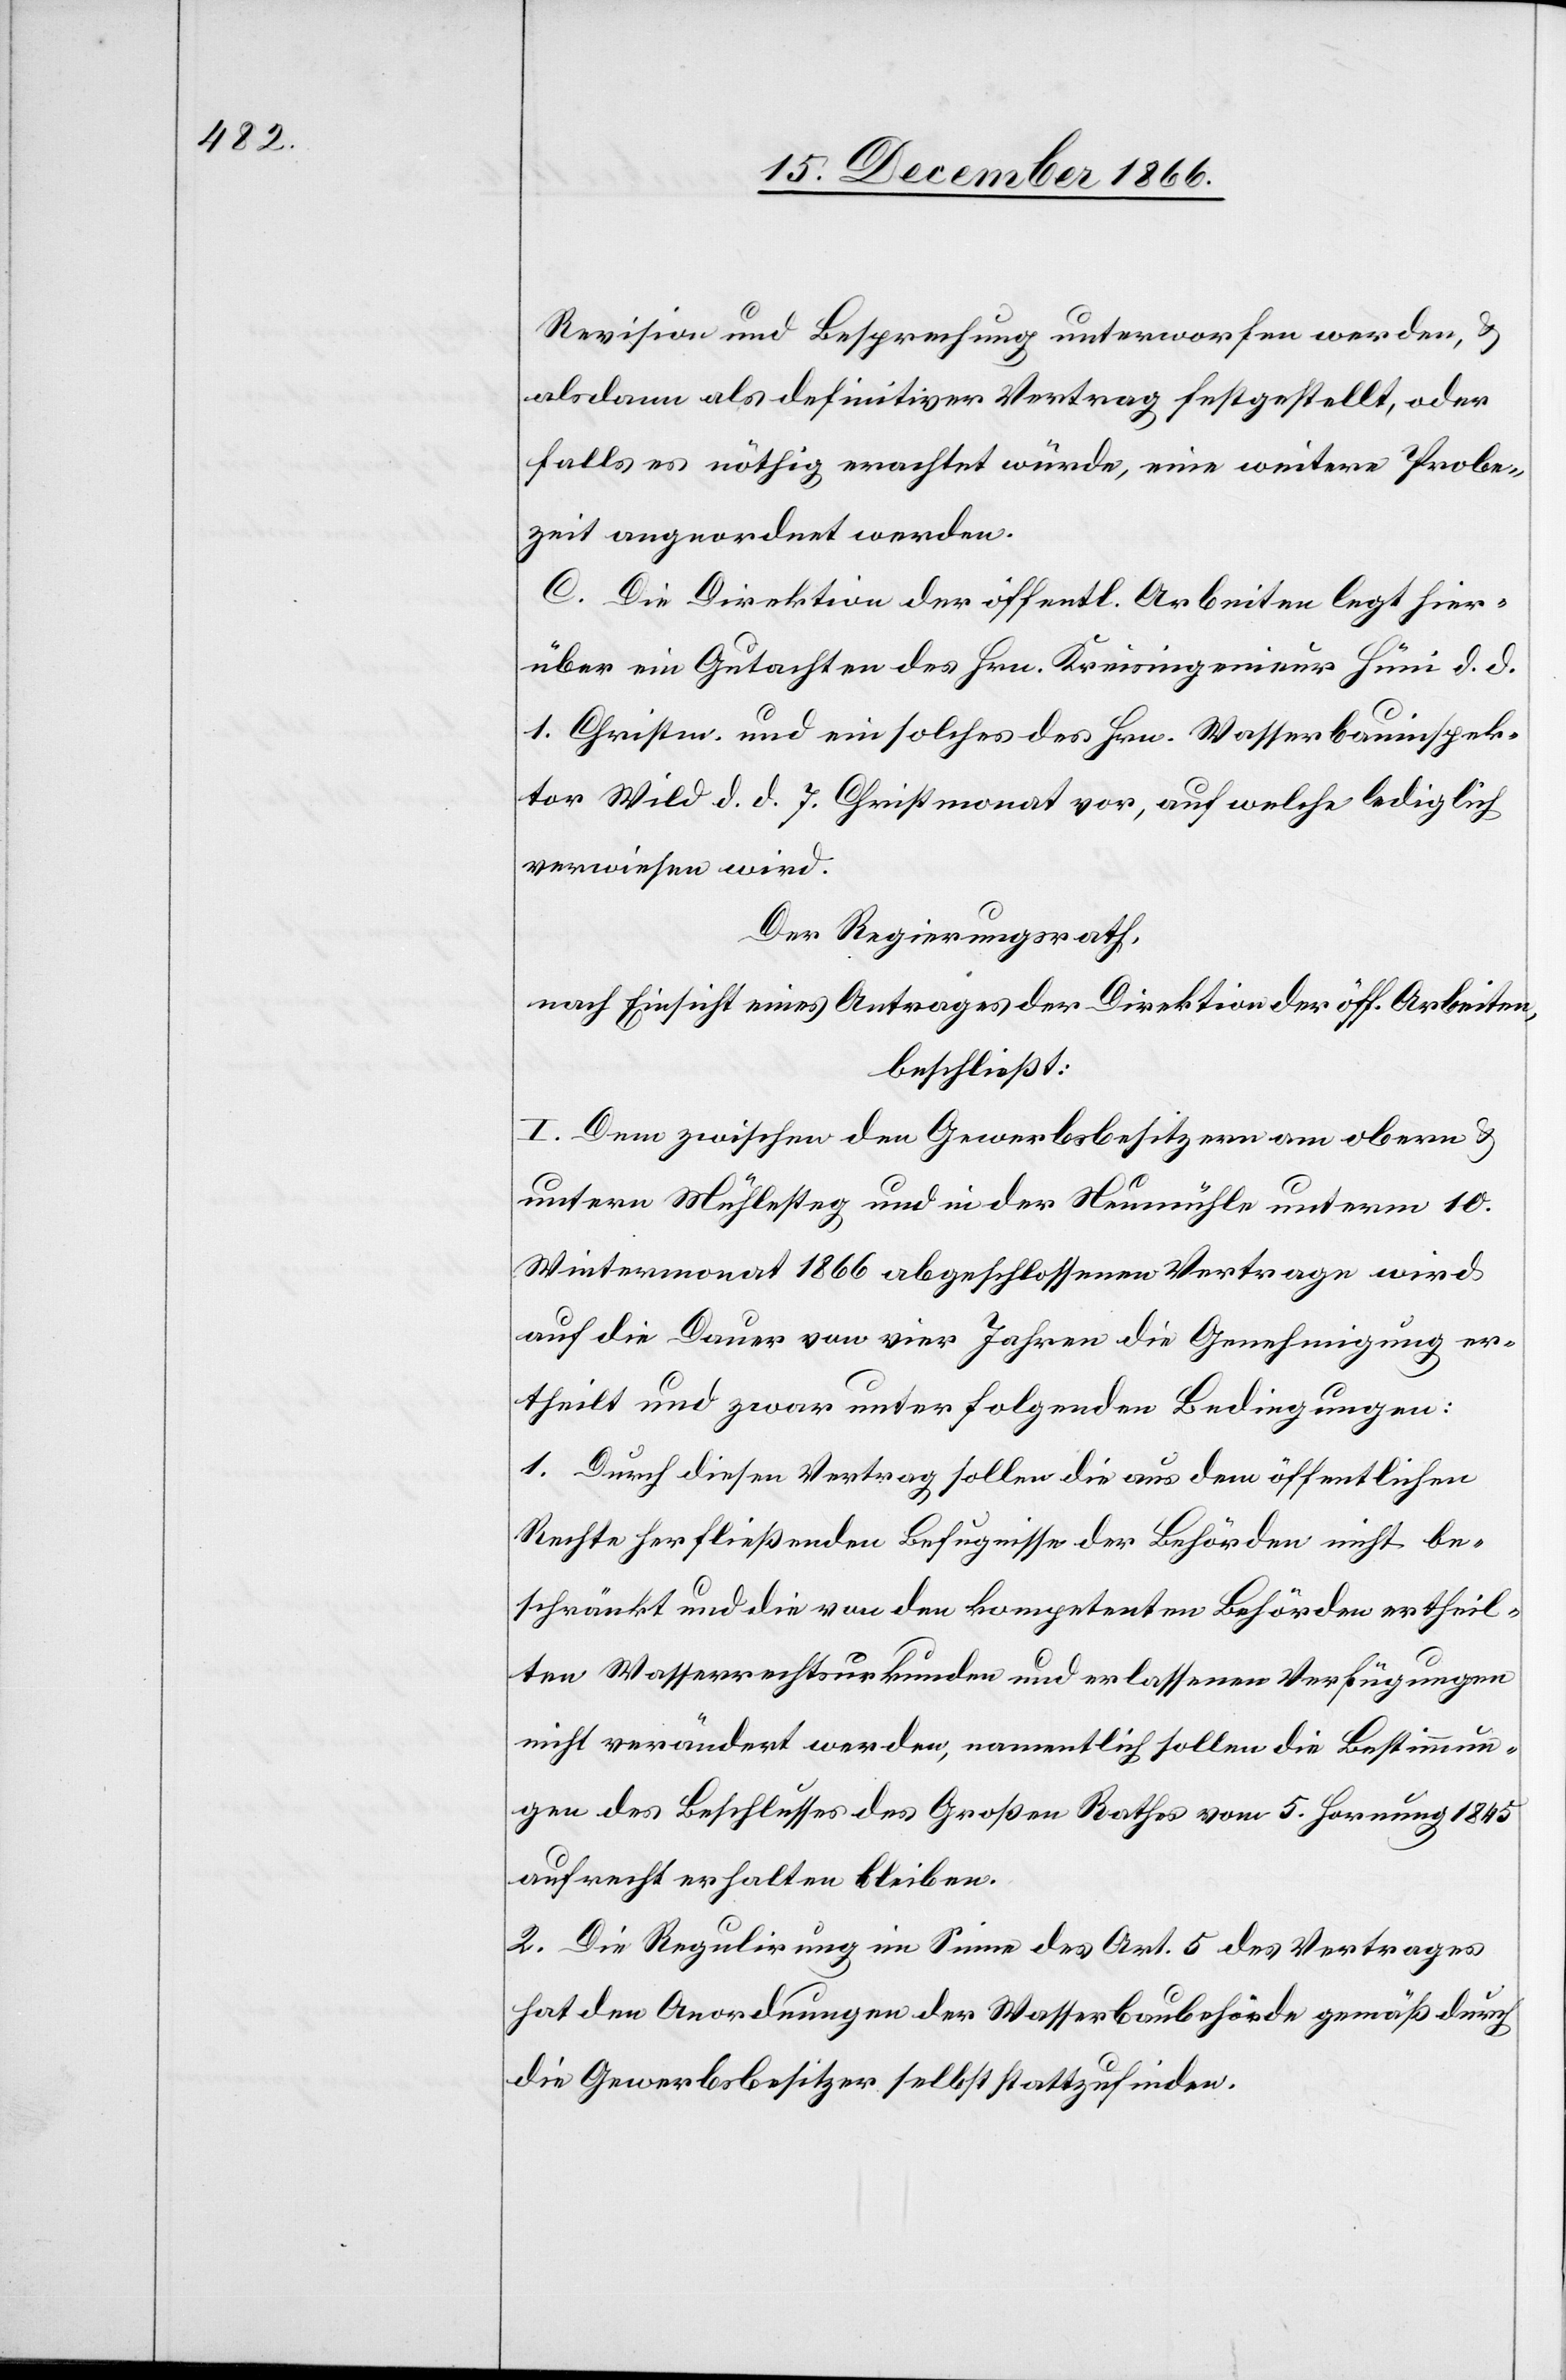
Revision und Besprechung unterworfen werden, &
alsdann als definitiver Vertrag festgestellt, oder
falls es nöthig erachtet würde, eine weitere Probe¬
zeit angeordnet werden.
C. Die Direktion der öffentl. Arbeiten legt hier¬
über ein Gutachten des Hrn. Kreisingenieur Hüni d. d.
1. Christm. und ein solches des Hrn. Wasserbauinspek¬
tor Wild d. d. 7. Christmonat vor, auf welche lediglich
verwiesen wird.
Der Regierungsrath,
nach Einsicht eines Antrages der Direktion der öff. Arbeiten,
beschließt:
I. Dem zwischen den Gewerbsbesitzern am obern &
untern Mühlesteg und in der Neumühle unterm 10.
Wintermonat 1866 abgeschlossenen Vertrage wird
auf die Dauer von vier Jahren die Genehmigung er¬
theilt und zwar unter folgenden Bedingungen:
1. Durch diesen Vertrag sollen die aus dem öffentlichen
Rechte herfließenden Befugnisse der Behörden nicht be¬
schränkt und die von den kompetenten Behörden ertheil¬
ten Wasserrechtsurkunden und erlassenen Verfügungen
nicht verändert werden, namentlich sollen die Bestimmun¬
gen des Beschlusses des Großen Rathes vom 5. Hornung 1845
aufrecht erhalten bleiben.
2. Die Regulirung im Sinne des Art. 5 des Vertrages
hat den Anordnungen der Wasserbaubehörde gemäß durch
die Gewerbsbesitzer selbst stattzufinden.